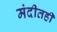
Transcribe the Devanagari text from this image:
मंदीतही